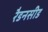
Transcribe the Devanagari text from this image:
रैडनसीड